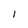
Character: I